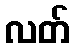
လတ်